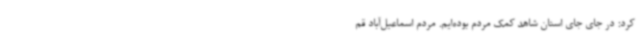
کرد: در جای جای استان شاهد کمک مردم بوده‌ایم. مردم اسماعیل‌آباد قم